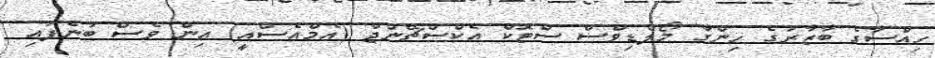
ހިއްސާގެ ބާޒާރުގެ ހިންގާ މޯލްޑިވްސް ސްޓޮކް އެކްސްޗޭންޖް (އެމްއެސްއީ) އިން ވެސް ބުނެފައި